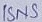
Text: ISNS